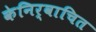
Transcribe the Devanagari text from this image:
केनिर्वाचित